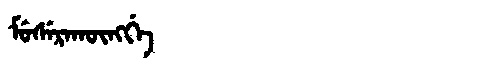
Manchu: ᠮᡠᠰᡝᡵᠠᡴᡡᠩᡤᡝ
Romanization: MUSERAKŪNGGE